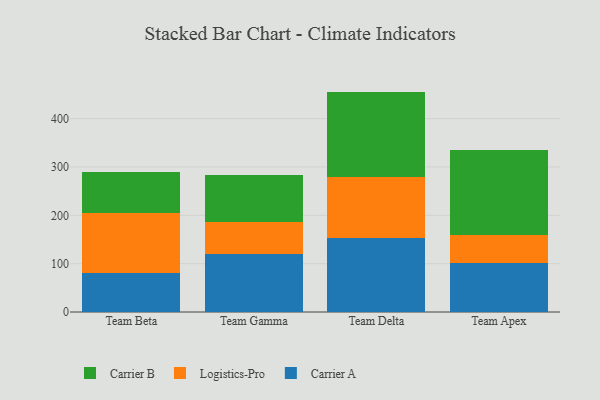
{"axis": {"x": "Team", "y": "Market Share (%)"}, "legend": ["Carrier A", "Carrier B", "Logistics-Pro"], "data": [{"x": "Team Beta", "y": 80.9, "type": "Carrier A"}, {"x": "Team Beta", "y": 124.6, "type": "Logistics-Pro"}, {"x": "Team Beta", "y": 83.8, "type": "Carrier B"}, {"x": "Team Gamma", "y": 119.9, "type": "Carrier A"}, {"x": "Team Gamma", "y": 65.9, "type": "Logistics-Pro"}, {"x": "Team Gamma", "y": 97.5, "type": "Carrier B"}, {"x": "Team Delta", "y": 152.3, "type": "Carrier A"}, {"x": "Team Delta", "y": 126.1, "type": "Logistics-Pro"}, {"x": "Team Delta", "y": 177.5, "type": "Carrier B"}, {"x": "Team Apex", "y": 100.8, "type": "Carrier A"}, {"x": "Team Apex", "y": 58.1, "type": "Logistics-Pro"}, {"x": "Team Apex", "y": 175.8, "type": "Carrier B"}]}